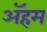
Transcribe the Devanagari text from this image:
ॲहम